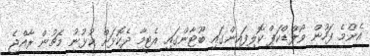
އެންމެ ފަހުން ވޯލްޑްކަޕް ކޮލިފައިންގައި ބޫޓާންގައި އެޓީމާ ދެކޮޅަށް ކުޅުނު މެޗުން ރާއްޖެ